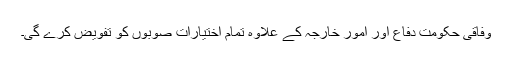
وفاقی حکومت دفاع اور امورِ خارجہ کے علاوہ تمام اختیارات صوبوں کو تفویض کرے گی۔